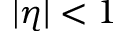
| \eta | < 1